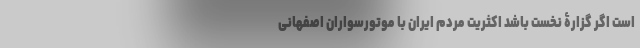
است اگر گزارۀ نخست باشد اکثریت مردم ایران با موتورسواران اصفهانی